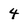
Character: 4